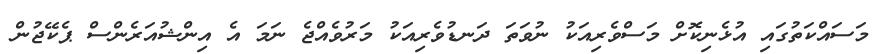
މަސައްކަތުގައި އުޅެނިކޮށް މަސްވެރިއަކު ނުވަތަ ދަނޑުވެރިއަކު މަރުވެއްޖެ ނަމަ އެ އިންޝުއަރެންސް ޕެކޭޖުން